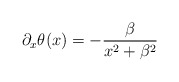
\begin{align*}\partial_x\theta(x)=-{\beta\over x^2+\beta^2}\end{align*}